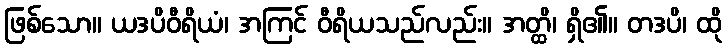
ဖြစ်သော။ ယဒပိဝီရိယံ၊ အကြင် ဝီရိယသည်လည်း။ အတ္ထိ၊ ရှိ၏။ တဒပိ၊ ထို